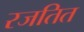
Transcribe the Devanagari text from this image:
रजतित